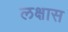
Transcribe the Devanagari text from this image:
लक्षास